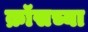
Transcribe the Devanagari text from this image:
क्रॉसच्या